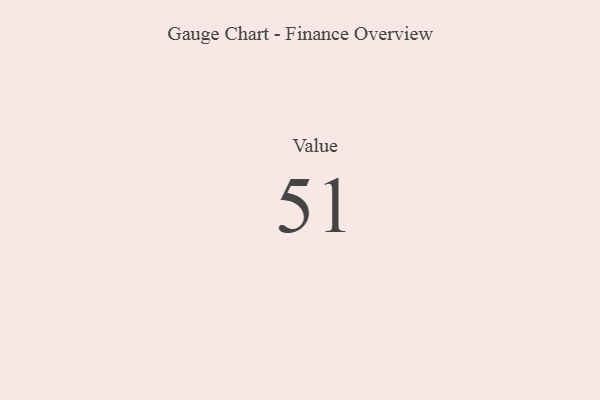
{"axis": {"x": "Metric", "y": "Value"}, "legend": [""], "data": [{"x": "Value", "y": 51, "type": ""}]}